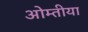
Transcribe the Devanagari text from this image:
ओम्तीया